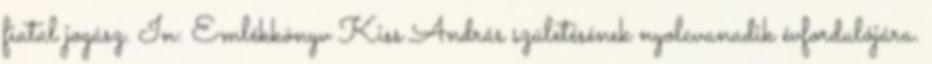
fiatal jogász. In: Emlékkönyv Kiss András születésének nyolcvanadik évfordulójára.